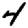
Digit: 4